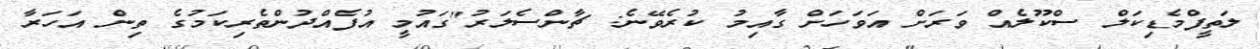
ލަތީފްމެޑިކަލް ސްކޫލެއް ވަރަށް އަވަހަށް ގާއިމު ކުރެވޭނެ: ޗާންސެލަރު"ގައުމީ އުފެއްދުންތެރިކަމުގެ ތިން އަހަރާ